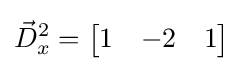
{\vec {D}}_{x}^{2}={\begin{bmatrix}1&-2&1\end{bmatrix}}